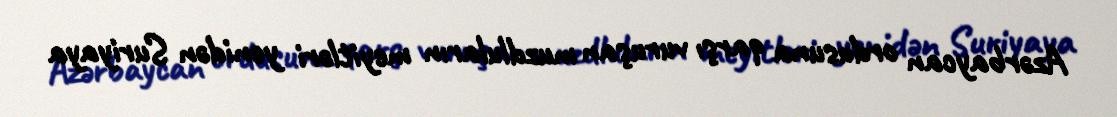
Azərbaycan ordusuna qarşı vuruşan muzdluların meyitləri yenidən Suriyaya